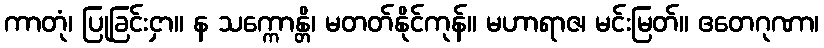
ကာတုံ၊ ပြုခြင်းငှာ။ န သက္ကောန္တိ၊ မတတ်နိုင်ကုန်။ မဟာရာဇ၊ မင်းမြတ်။ ဧတေဂုဏာ၊